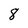
Character: 8